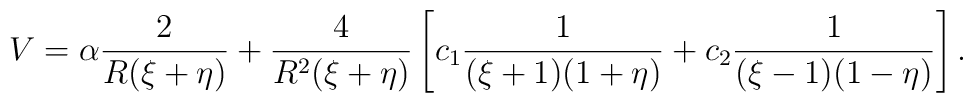
V = \alpha \frac{2}{R(\xi+\eta)} + \frac{4}{R^2(\xi+\eta)}\left[ c_1 \frac{1}{(\xi+1)(1+\eta)} +       c_2 \frac{1}{(\xi-1)(1-\eta)} \right].